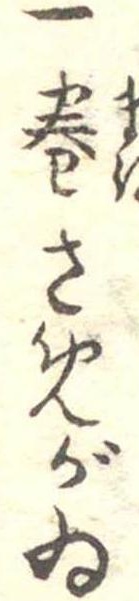
一巻さめがゐ